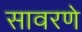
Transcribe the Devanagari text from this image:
सावरणे